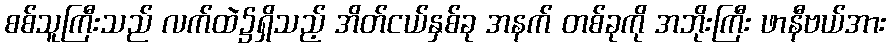
စစ်သူကြီးသည် လက်ထဲ၌ရှိသည့် အိတ်ငယ်နှစ်ခု အနက် တစ်ခုကို အဘိုးကြီး ဖာနီဗယ်အား